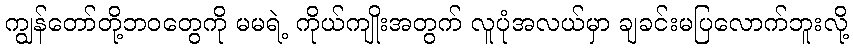
ကျွန်တော်တို့ဘဝတွေကို မမရဲ့ ကိုယ်ကျိုးအတွက် လူပုံအလယ်မှာ ချခင်းမပြလောက်ဘူးလို့